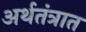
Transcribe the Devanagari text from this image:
अर्थतंत्रात